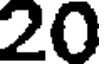
20